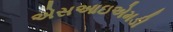
એસઆઇએમડી